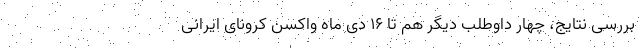
بررسی نتایج، چهار داوطلب دیگر هم تا ۱۶ دی ماه واکسن کرونای ایرانی